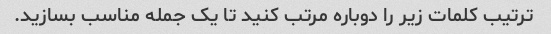
ترتیب کلمات زیر را دوباره مرتب کنید تا یک جمله مناسب بسازید.